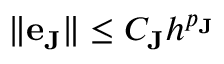
\| \mathbf { e } _ { \mathbf { J } } \| \le C _ { \mathbf { J } } h ^ { p _ { \mathbf { J } } }